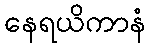
နေရယိကာနံ